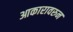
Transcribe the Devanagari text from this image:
आकारावरुन